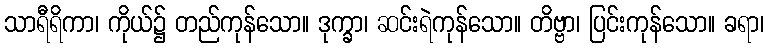
သာရီရိကာ၊ ကိုယ်၌ တည်ကုန်သော။ ဒုက္ခာ၊ ဆင်းရဲကုန်သော။ တိဗ္ဗာ၊ ပြင်းကုန်သော။ ခရာ၊